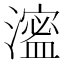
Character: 㵥